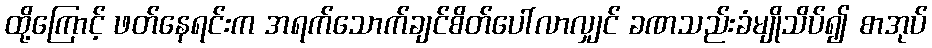
ထို့ကြောင့် ဖတ်နေရင်းက အရက်သောက်ချင်စိတ်ပေါ်လာလျှင် ခဏသည်းခံမျိုသိပ်၍ စာအုပ်